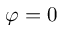
\varphi = 0